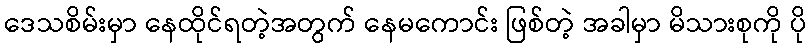
ဒေသစိမ်းမှာ နေထိုင်ရတဲ့အတွက် နေမကောင်း ဖြစ်တဲ့ အခါမှာ မိသားစုကို ပို